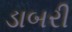
ડાબરી